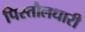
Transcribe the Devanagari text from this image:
पिस्तौलधारी